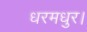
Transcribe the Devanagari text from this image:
धरमधुर।